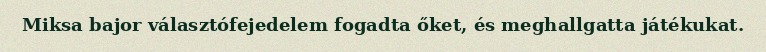
Miksa bajor választófejedelem fogadta őket, és meghallgatta játékukat.